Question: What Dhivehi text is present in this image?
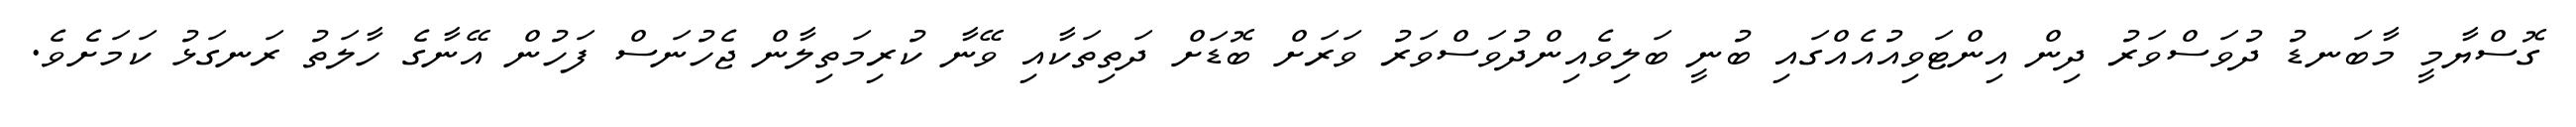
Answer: ގޮސްޔާމީ މާބަނޑު ދުވަސްވަރު ދިން އިންޓަވިއުއެއްގައި ބުނީ ބަލިވެއިންދުވަސްވަރު ވަރަށް ބޮޑަށް ދަތިތަކާއި ވޭނާ ކުރިމަތިލާން ޖެހުނަސް ފަހުން އޭނާގެ ހާލަތު ރަނގަޅު ކަމަށެވެ.